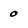
Character: 0